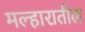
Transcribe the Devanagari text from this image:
मल्हारातील